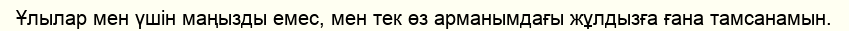
Ұлылар мен үшін маңызды емес, мен тек өз арманымдағы жұлдызға ғана тамсанамын.